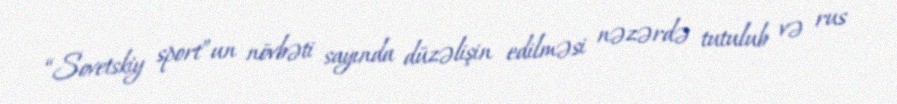
“Sovetskiy sport”un növbəti sayında düzəlişin edilməsi nəzərdə tutulub və rus